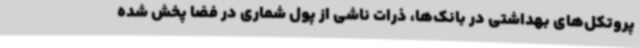
پروتکل‌های بهداشتی در بانک‌ها، ذرات ناشی از پول شماری در فضا پخش شده